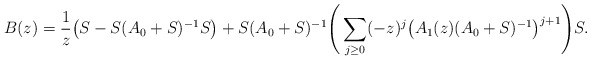
\begin{align*}B(z)&=\frac1z\big(S-S(A_0+S)^{-1}S\big)+S(A_0+S)^{-1}\Bigg(\sum_{j\ge0}(-z)^j\big(A_1(z)(A_0+S)^{-1}\big)^{j+1}\Bigg)S.\end{align*}